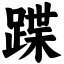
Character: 蹀